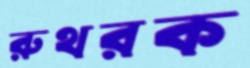
রুথরক